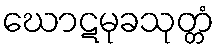
ဃောဋမုခသုတ္တံ